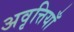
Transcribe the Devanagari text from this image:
अवृत्तियाँ